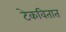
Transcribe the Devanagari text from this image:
टेकवितात